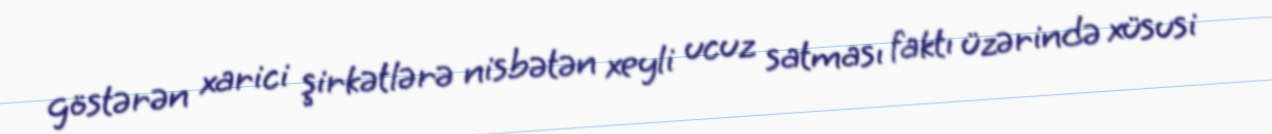
göstərən xarici şirkətlərə nisbətən xeyli ucuz satması faktı üzərində xüsusi